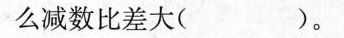
么减数比差大( )。